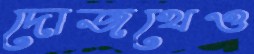
দোজখেও